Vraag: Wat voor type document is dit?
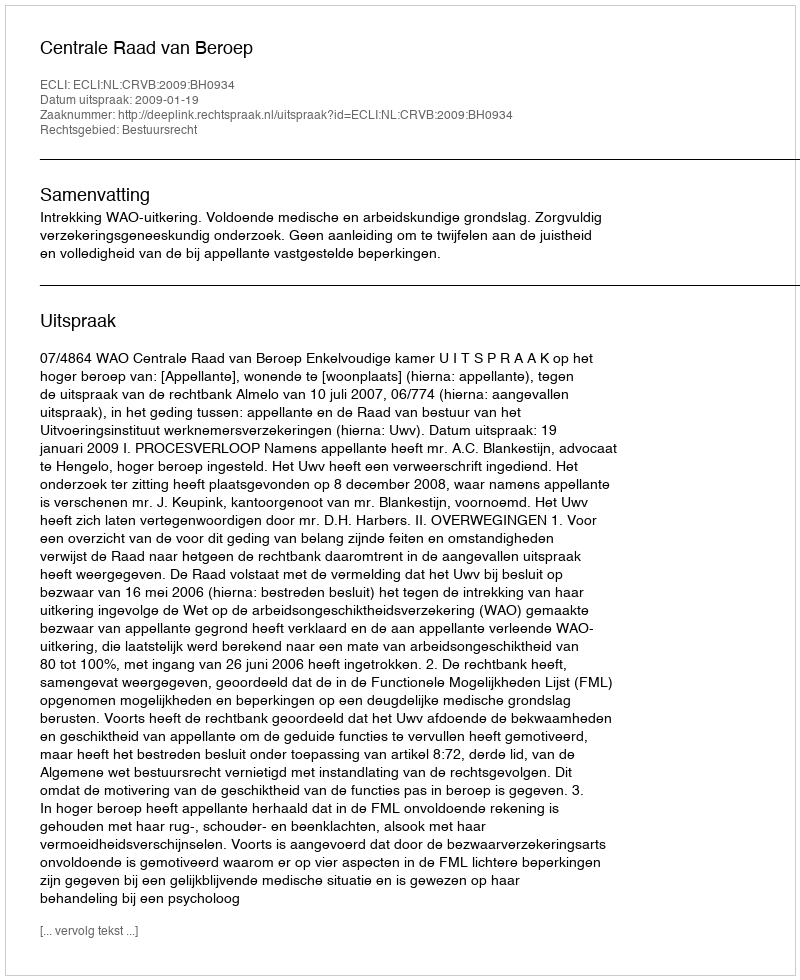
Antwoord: Uitspraak